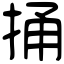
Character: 捅